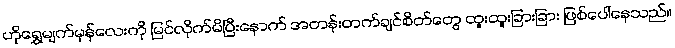
ဟိုရွှေမျက်မှန်လေးကို မြင်လိုက်မိပြီးနောက် အတန်းတက်ချင်စိတ်တွေ ထူးထူးခြားခြား ဖြစ်ပေါ်နေသည်။